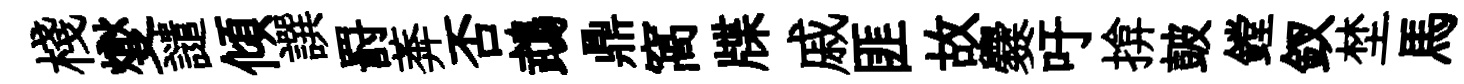
棧燮譴傾譔罸莾否鵡鼎窩牒戚匪故爨吁揜皷鏜釵埜馬